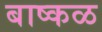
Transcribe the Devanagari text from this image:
बाष्कळ